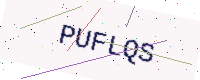
Text: PUFLQS